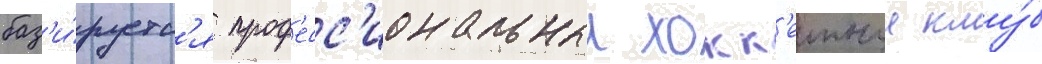
баз'и́руетс'я проф'есс'иональныи хокк'еиныи клу́б